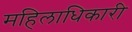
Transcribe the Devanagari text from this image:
महिलाधिकारी